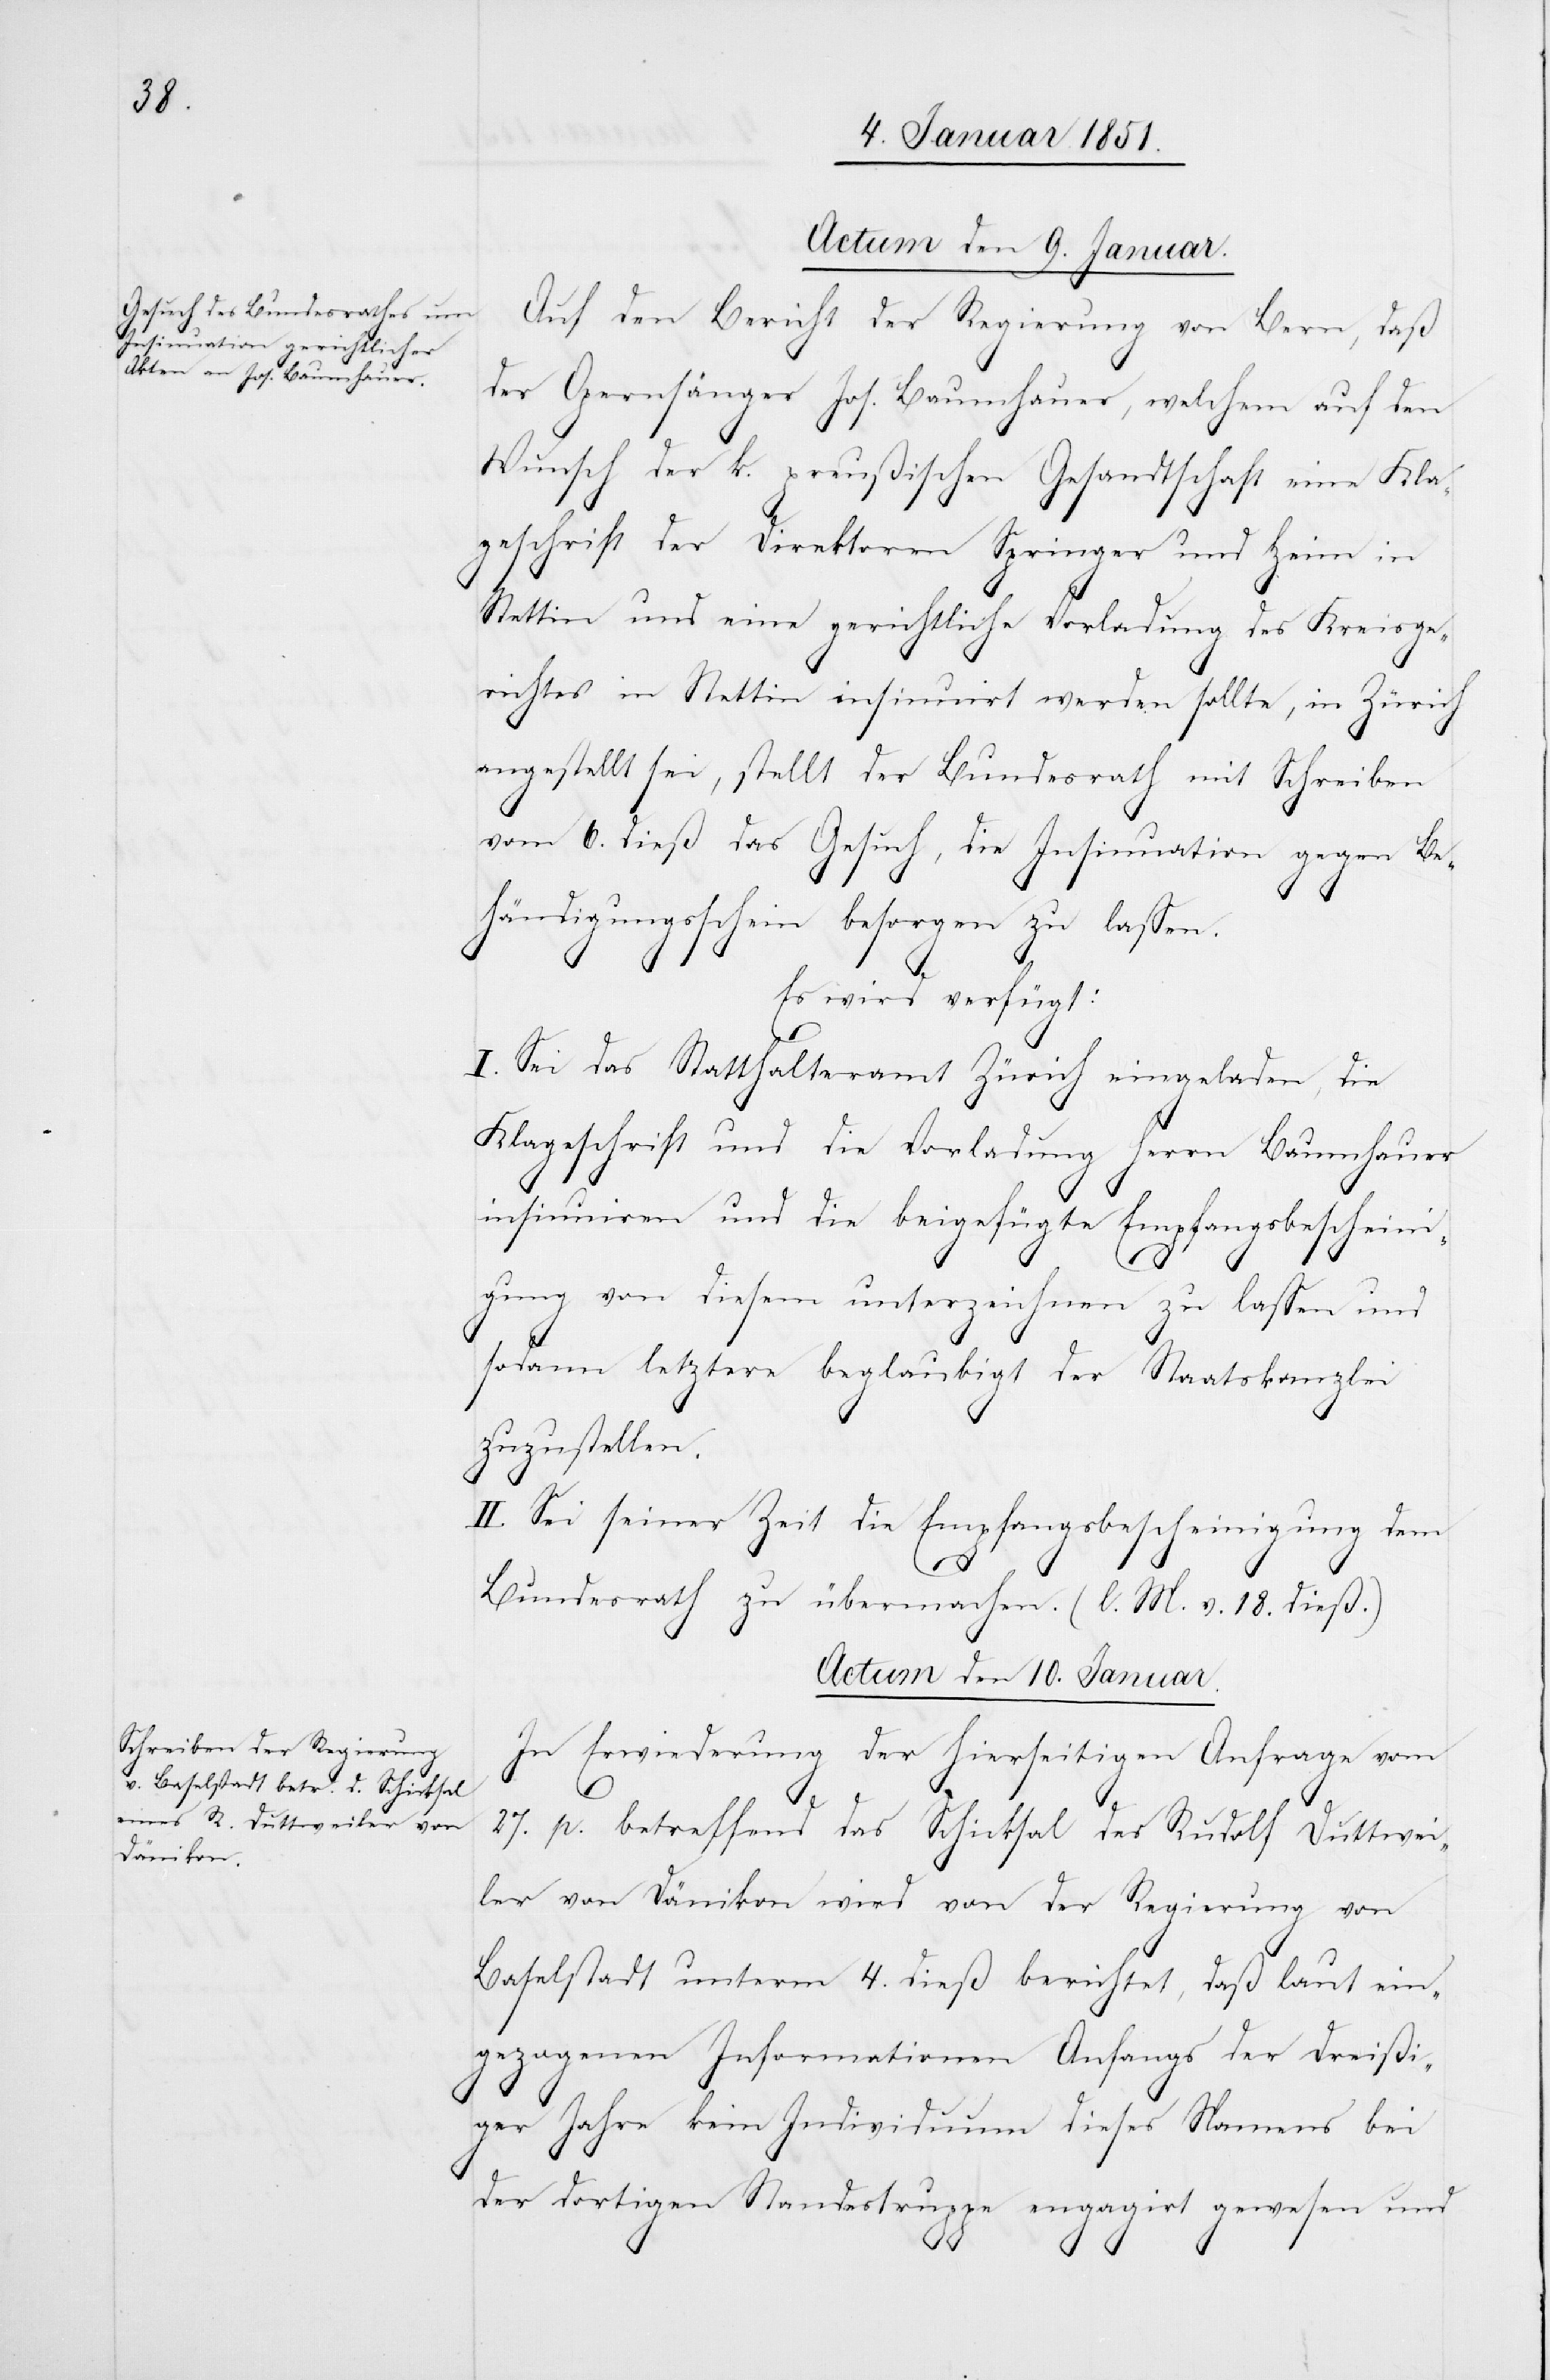
Actum den 9. Januar.
Auf den Bericht der Regierung von Bern, daß
der Opernsänger Jos. Baumhauer, welchem auf den
Wunsch der k. preußischen Gesandtschaft eine Kla¬
geschrift der Direktoren Springer und Heim in
Stettin und eine gerichtliche Vorladung des Kreisge¬
richtes in Stettin insinuirt werden sollte, in Zürich
angestellt sei, stellt der Bundesrath mit Schreiben
vom 6. dieß das Gesuch, die Insinuation gegen Be¬
händigungsschein besorgen zu lassen.
Es wird verfügt:
I. Sei das Statthalteramt Zürich eingeladen, die
Klageschrift und die Vorladung Herrn Baumhauer
insinuiren und die beigefügte Empfangsbescheini¬
gung von diesem unterzeichnen zu lassen und
sodann letztere beglaubigt der Staatskanzlei
zuzustellen.
II. Sei seiner Zeit die Empfangsbescheinigung dem
Bundesrath zu übermachen. (l. M. v. 18. dieß.)
Actum den 10. Januar.
In Erwiederung der hierseitigen Anfrage vom
27. p. betreffend das Schicksal des Rudolf Duttwei¬
ler von Dänikon wird von der Regierung von
Baselstadt unterm 4. dieß berichtet, daß laut ein¬
gezogenen Informationen Anfangs der Dreißi¬
ger Jahre kein Individuum dieses Namens bei
der dortigen Standestruppe engagirt gewesen und